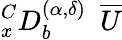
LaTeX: _{x}^{C}D_{b}^{(\alpha,{\delta})}~~\overline{{U}}